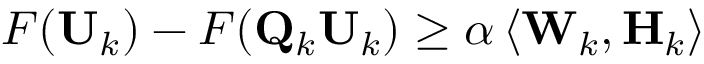
F ( \mathbf { U } _ { k } ) - F ( \mathbf { Q } _ { k } \mathbf { U } _ { k } ) \geq \alpha \left\langle \mathbf { W } _ { k } , \mathbf { H } _ { k } \right\rangle